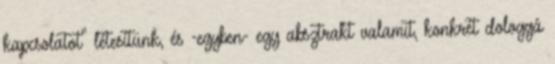
kapcsolatot" létesítünk, és -egyben- egy absztrakt valamit, konkrét dologgá